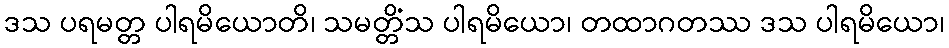
ဒသ ပရမတ္တ ပါရမိယောတိ၊ သမတ္တိံသ ပါရမိယော၊ တထာဂတဿ ဒသ ပါရမိယော၊